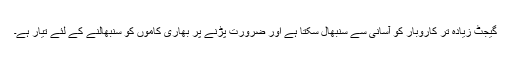
گیجٹ زیادہ تر کاروبار کو آسانی سے سنبھال سکتا ہے اور ضرورت پڑنے پر بھاری کاموں کو سنبھالنے کے لئے تیار ہے۔